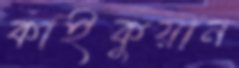
কাইকুয়ান